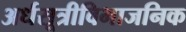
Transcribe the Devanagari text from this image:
अर्धसूत्रीविभाजनिक